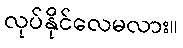
လုပ်နိုင်လေမလား။